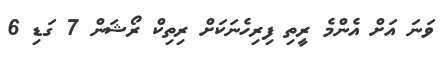
ވަނަ އަށް އެންމެ ރީތި ފިރިހެނަކަށް ރިތިކް ރޯޝަން 7 ގަޑި 6